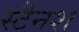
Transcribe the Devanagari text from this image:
स्टैनश